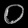
Digit: ၀